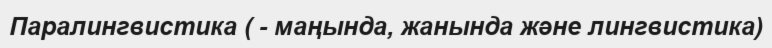
Паралингвистика ( - маңында, жанында және лингвистика)